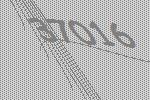
37016